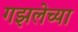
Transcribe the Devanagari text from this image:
गझलेच्या